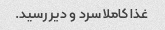
غذا کاملا سرد و دیر رسید.